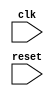
module USB_timing_control (
    input wire clk,
    input wire reset,
    // Other input and output ports as needed

    // Add your code here
);

    // Module code goes here

endmodule